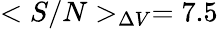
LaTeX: <S/N>_{\Delta V}=7.5